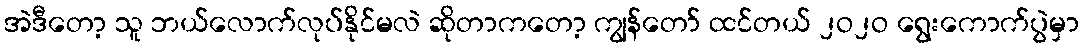
အဲဒီတော့ သူ ဘယ်လောက်လုပ်နိုင်မလဲ ဆိုတာကတော့ ကျွန်တော် ထင်တယ် ၂ဝ၂ဝ ရွေးကောက်ပွဲမှာ